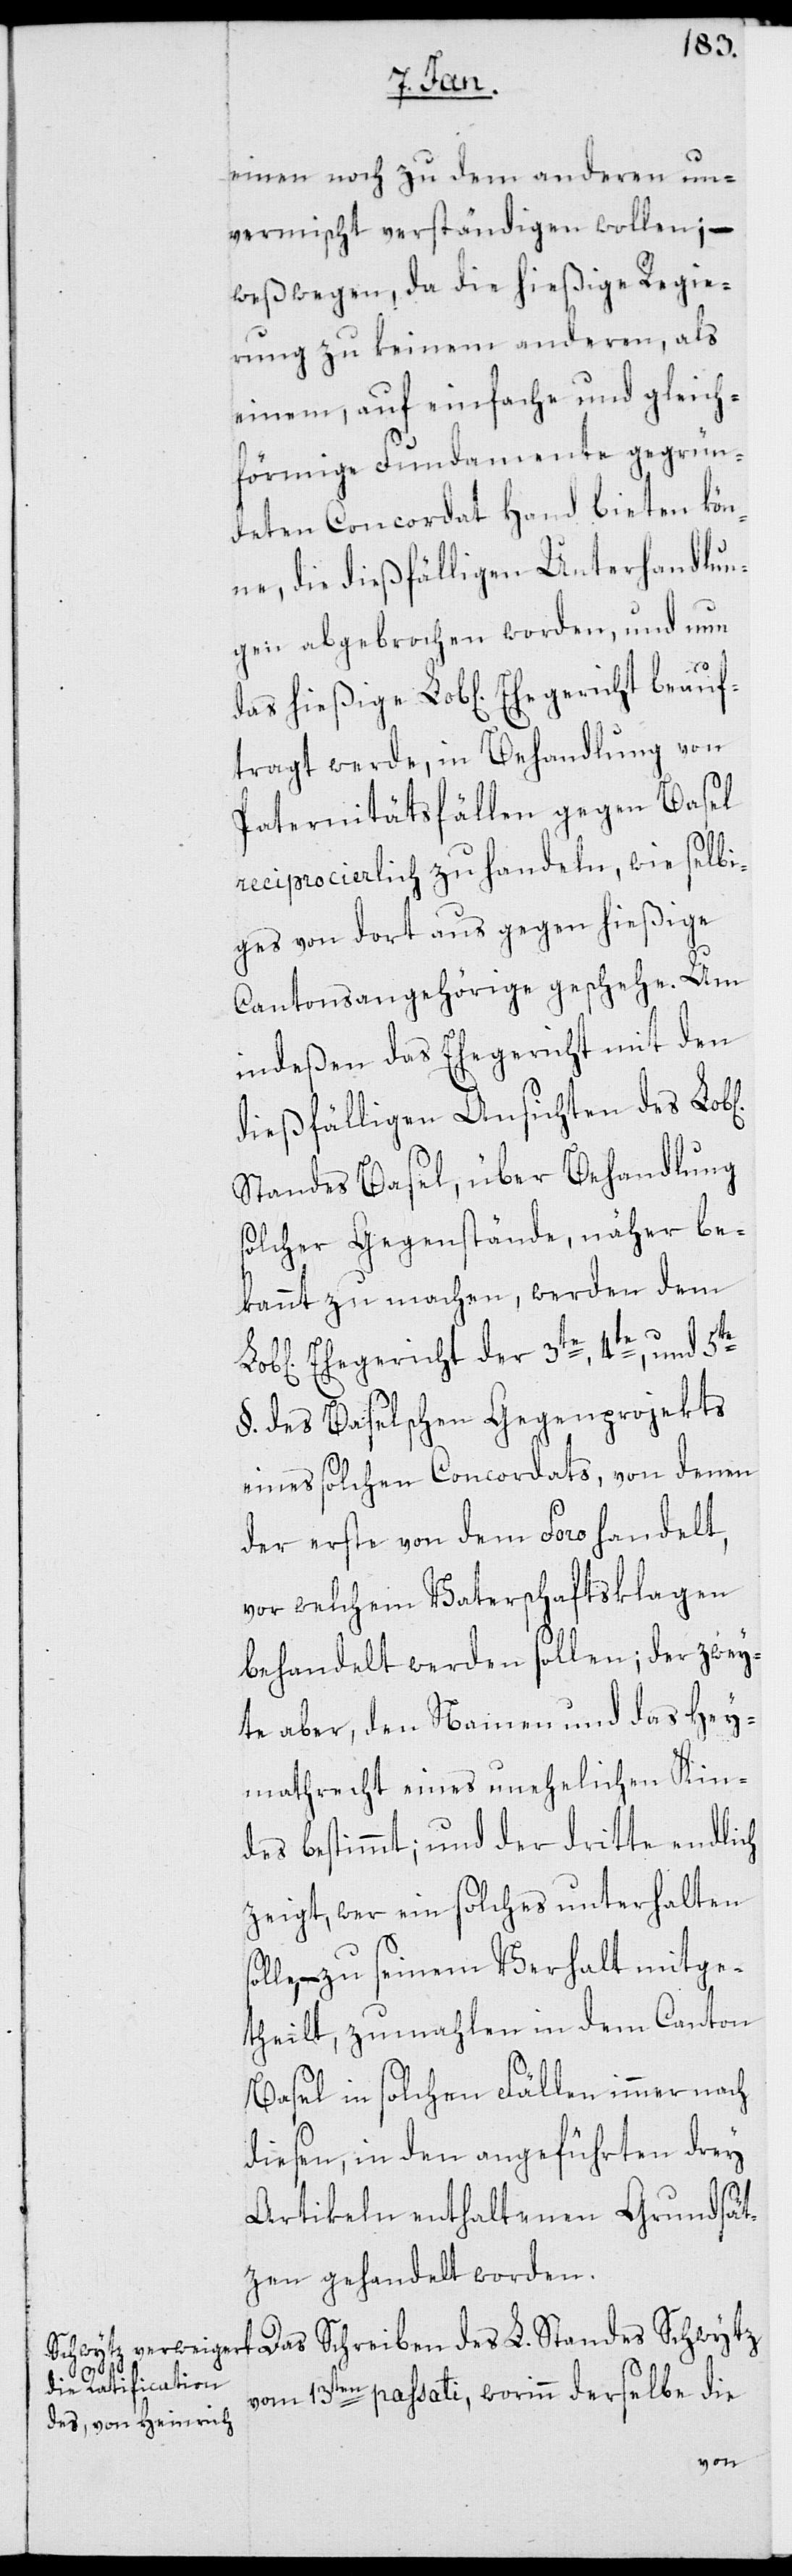
sol¬

Einen noch zu dem anderen un¬
vermischt verständigen wollen; –
weßwegen, da die hießige Regie¬
rung zu keinem anderen, als
einem, auf einfache und gleich¬
förmige Fundamente gegrün¬
deten Concordat Hand bieten kön¬
ne, die dießfälligen Unterhandlun¬
gen abgebrochen worden, und nun
tragt werde, in Behandlung von
Paternitätsfällen gegen Basel
reciprocierlich zu handeln, wie selbi¬
ges von dort aus gegen hießige
Cantonsangehörige geschehe. Um
indeßen das Ehegericht mit den
dießfälligen Ansichten des Lob[l¬
Standes Basel, über Behandlung
solcher Gegenstände, näher be¬
kannt zu machen, werden dem
Ehegericht der 3te, 4te und 5te
§. des Baselschen Gegenprojekts
eines solchen Concordats, von denen
der erste von dem Foro handelt,
vor welchem Vaterschaftsklagen
behandelt werden sollen; der zwey¬
te aber den Namen und das Hey¬
mathrecht eines unehelichen Kin¬
des bestimmt; und der dritte endlich
zeigt, wer ein solches unterhalten
le, – zu seinem Verhalt mitge¬
theilt, zumahlen in dem Canton
Basel in solchen Fällen immer nach
diesen, in den angeführten drey
Artikeln enthaltenen Grundsät¬
zen gehandelt worden.
Das Schreiben des L. Standes Schwytz
vom 13ten passati, worinn derselbe die